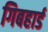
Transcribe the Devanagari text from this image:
गिबहार्ड